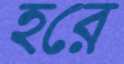
হরে